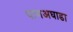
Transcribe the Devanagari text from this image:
पाणअघाडा